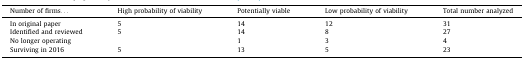
| Number of firms... | High probability of viability | Potentially viable | Low probability of viability | Total number analyzed |
 | --- | --- | --- | --- | --- |
 | In original paper | 5 | 14 | 12 | 31 |
 | Identified and reviewed | 5 | 14 | 8 | 27 |
 | No longer operating |  | 1 | 3 | 4 |
 | Surviving in 2016 | 5 | 13 | 5 | 23 |